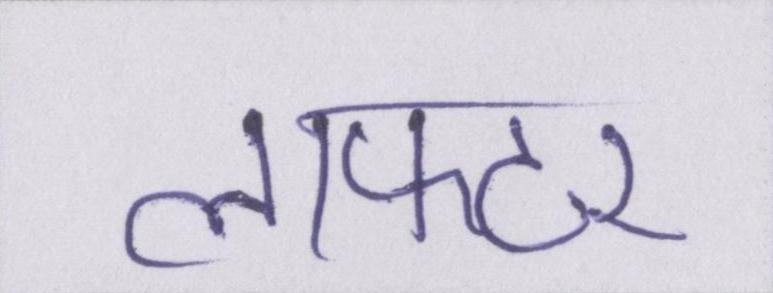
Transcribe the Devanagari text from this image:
लाफ्टर